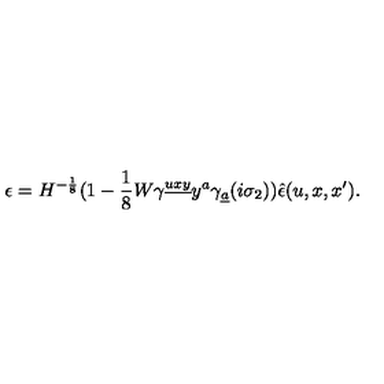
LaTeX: \epsilon = H ^ { - { \frac { 1 } { 8 } } } ( 1 - { \frac { 1 } { 8 } } W \gamma ^ { \underline { { u x y } } } y ^ { a } \gamma _ { \underline { { a } } } ( i \sigma _ { 2 } ) ) \hat { \epsilon } ( u , x , x ^ { \prime } ) .